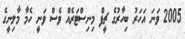
2005 ވަނަ އަހަރު ބިހާރުގެ ޗީފް މިނިސްޓަރެއް ވެސް ވަނީ ހެމާ މާލިނީގެ